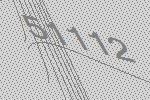
51112